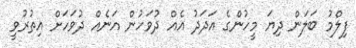
ފިލްމު ބަލަން ދިޔަ މީހުންގެ އަދަދު އެއް ދުވަހުން އަނެއް ދުވަހަށް އިތުރުވީ